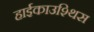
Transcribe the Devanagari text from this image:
हाईकाउश्थिस